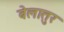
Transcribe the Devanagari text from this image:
बेलातुर